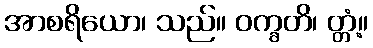
အာစရိယော၊ သည်။ ဝက္ခတိ၊ တ္တံ့။